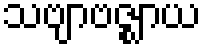
သဗျာဗဇ္ဈာယ